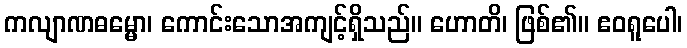
ကလျာဏဓမ္မော၊ ကောင်းသောအကျင့်ရှိသည်။ ဟောတိ၊ ဖြစ်၏။ ဧဝရူပေါ၊